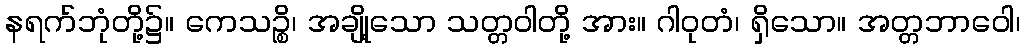
နရက်ဘုံတို့၌။ ကေသဉ္စိ၊ အချို့သော သတ္တဝါတို့ အား။ ဂါဝုတံ၊ ရှိသော။ အတ္တဘာဝေါ၊